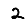
Digit: 2